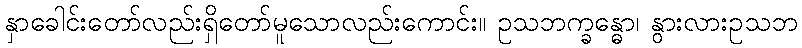
နှာခေါင်းတော်လည်းရှိတော်မူသောလည်းကောင်း။ ဥသဘက္ခန္ဓော၊ နွားလားဥသဘ